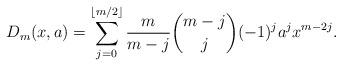
LaTeX: \begin{align*}D_m(x,a)=\sum_{j=0}^{\lfloor m/2 \rfloor} \frac{m}{m-j} {m-j \choose j} (-1)^ja^{j} x^{m-2j}.\end{align*}